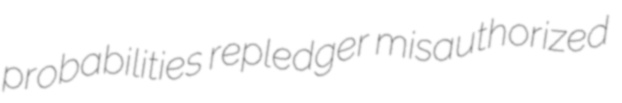
probabilities repledger misauthorized